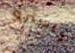
كاسترو